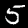
Label: 5